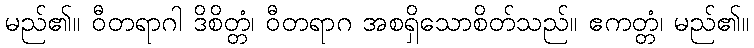
မည်၏။ ဝီတရာဂါ ဒိစိတ္တံ၊ ဝီတရာဂ အစရှိသောစိတ်သည်။ ဧကတ္တံ၊ မည်၏။